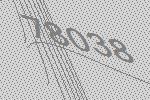
78038